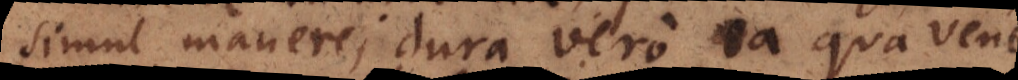
simul manere; dura vero ea qua venere